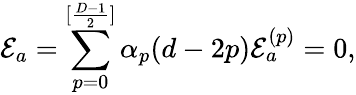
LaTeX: {\cal E}_{a}=\sum_{p=0}^{[\frac{D-1}{2}]}\alpha_{p}(d-2p){\cal E}_{a}^{(p)}=0,